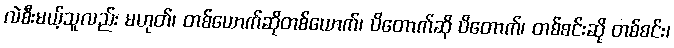
လဲစီးမယ့်သူလည်း မဟုတ်၊ တစ်ယောက်ဆိုတစ်ယောက်၊ ပိတောက်ဆို ပိတောက်၊ တစ်စင်းဆို တစ်စင်း၊